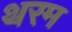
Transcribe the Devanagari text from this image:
थरम